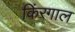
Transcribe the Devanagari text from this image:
किंरगाल